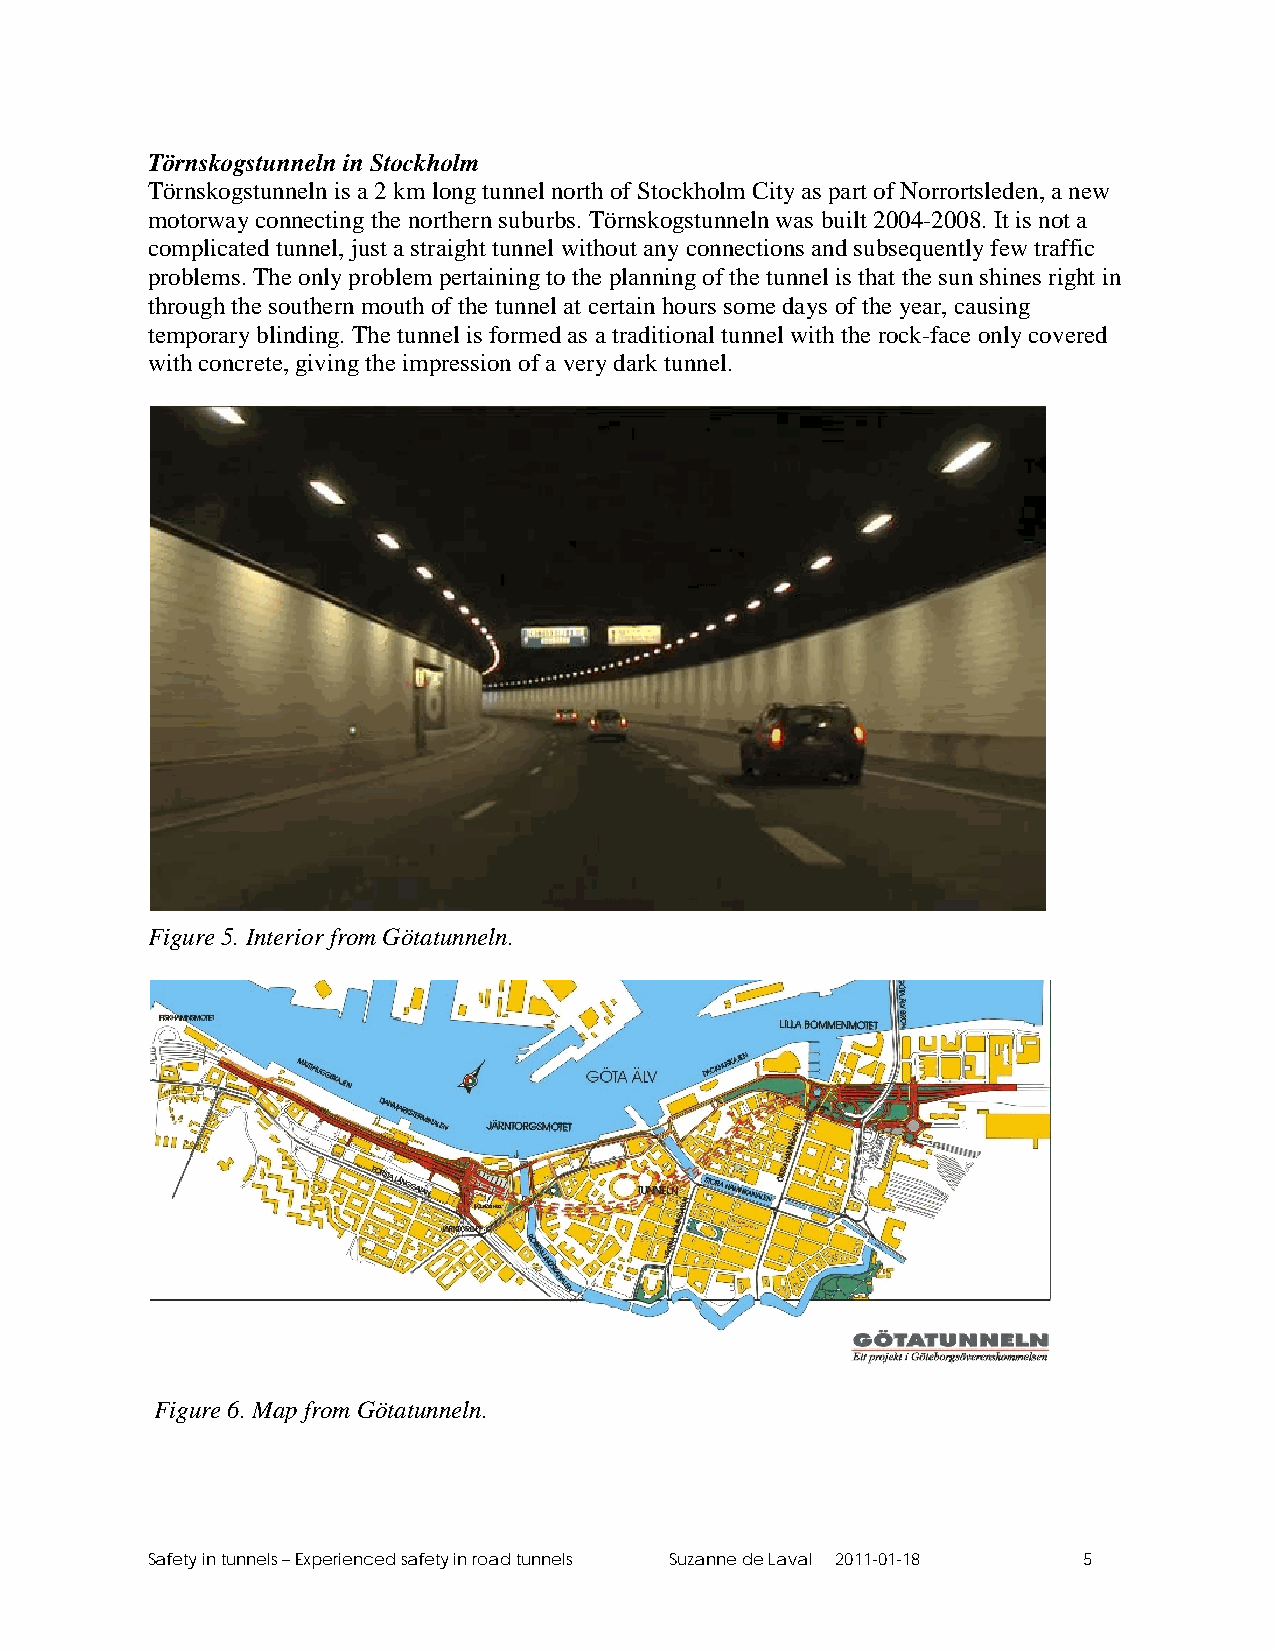
Törnskogstunneln in Stockholm
 Törnskogstunneln is a 2 km long tunnel north of Stockholm City as part of Norrortsleden, a new
 motorway connecting the northern suburbs. Törnskogstunneln was built 2004-2008. It is not a
 complicated tunnel, just a straight tunnel without any connections and subsequently few traffic
 problems. The only problem pertaining to the planning of the tunnel is that the sun shines right in
 through the southern mouth of the tunnel at certain hours some days of the year, causing
 temporary blinding. The tunnel is formed as a traditional tunnel with the rock-face only covered
 with concrete, giving the impression of a very dark tunnel.
 Figure 5. Interior from Götatunneln.
 Figure 6. Map from Götatunneln.
 Safety in tunnels – Experienced safety in road tunnels Suzanne de Laval 2011-01-18 5